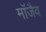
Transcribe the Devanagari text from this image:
माॅजैव